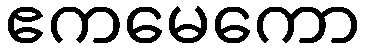
ဧကမေကော